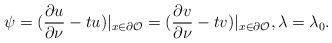
LaTeX: \begin{align*}\psi=(\frac{\partial u}{\partial \nu} - tu)|_{x\in \partial\mathcal O} = (\frac{\partial v}{\partial \nu} - tv)|_{x\in \partial\mathcal O}, \lambda=\lambda_0.\end{align*}